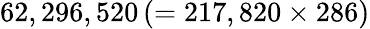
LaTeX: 62,296,520\left(=217,820\times 286\right)